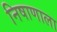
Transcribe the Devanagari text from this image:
निषाणाला